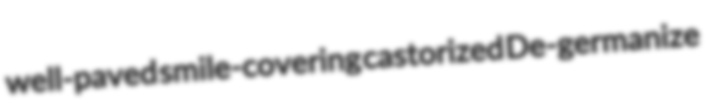
well-paved smile-covering castorized De-germanize